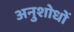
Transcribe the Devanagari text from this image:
अनुशोधों